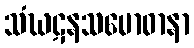
သံဃဋနသမောဓာနာ